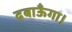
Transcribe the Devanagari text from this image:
दबाऊँगा।